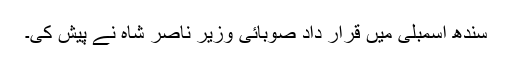
سندھ اسمبلی میں قرار داد صوبائی وزير ناصر شاہ نے پيش کی۔